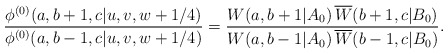
\begin{align*}\displaystyle{\frac{\phi^{(0)}(a,b+1,c|u,v,w+1/4)} {\phi^{(0)}(a,b-1,c|u,v,w+1/4)}} = \displaystyle{\frac{W(a,b+1|A_{0})\,\overline{W}(b+1,c|B_{0})} {W(a,b-1|A_{0})\,\overline{W}(b-1,c|B_{0})}}. \end{align*}